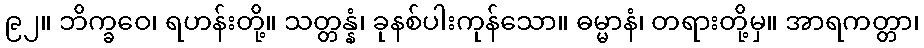
၉၂။ ဘိက္ခဝေ၊ ရဟန်းတို့။ သတ္တန္နံ၊ ခုနစ်ပါးကုန်သော။ ဓမ္မာနံ၊ တရားတို့မှ။ အာရကတ္တာ၊